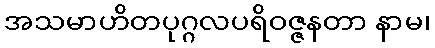
အသမာဟိတပုဂ္ဂလပရိဝဇ္ဇနတာ နာမ၊